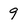
Character: 9